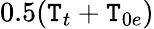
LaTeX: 0.5(\mathtt{T}_{t}+\mathtt{T}_{0e})